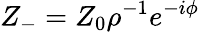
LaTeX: {Z_{-}}={Z_{0}}{\rho^{-1}}{e^{-i\phi}}